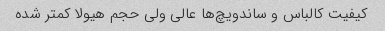
کیفیت کالباس و ساندویچ‌ها عالی ولی حجم هیولا کمتر شده